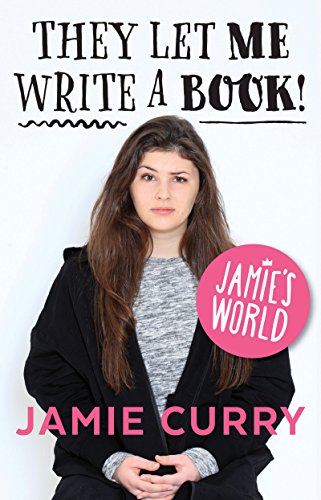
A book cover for Jamie's World: They Let Me Write A Book!; Jamie Curry; Teen & Young Adult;